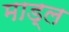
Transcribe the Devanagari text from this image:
माड्ल